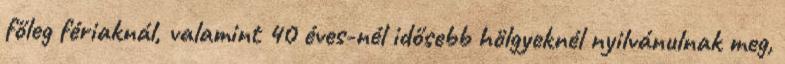
főleg fériaknál, valamint 40 éves-nél idősebb hölgyeknél nyilvánulnak meg,